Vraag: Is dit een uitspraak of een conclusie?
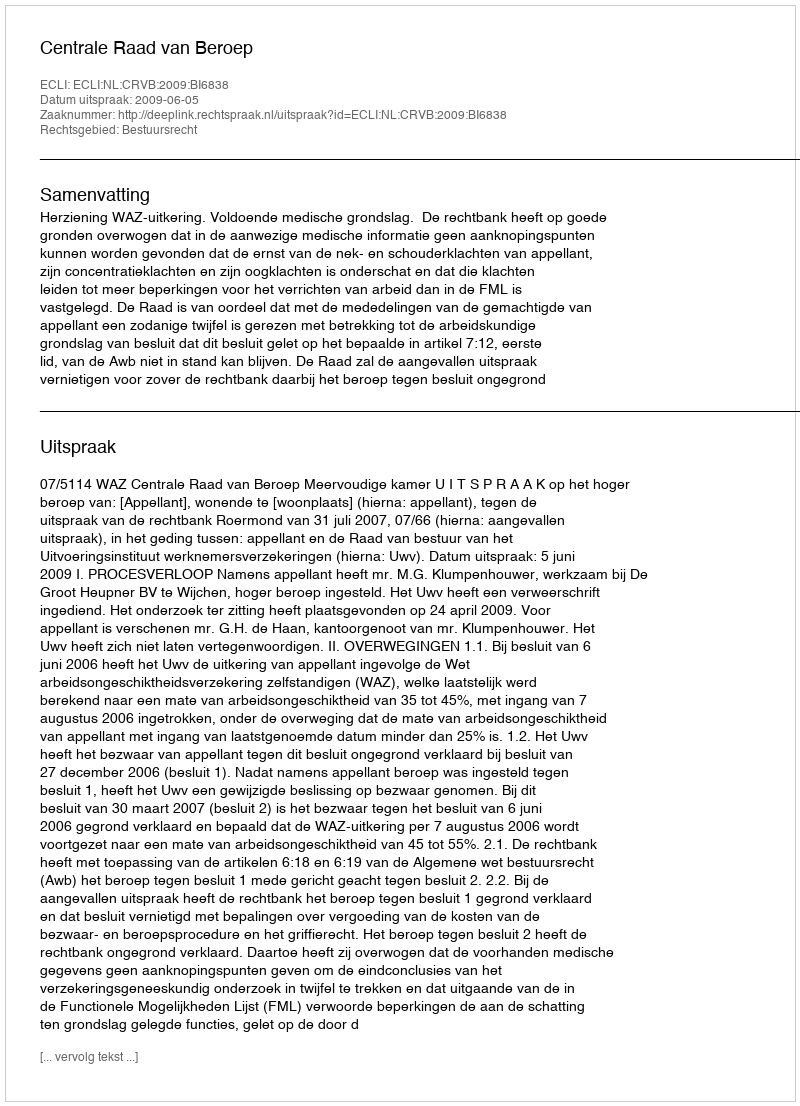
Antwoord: Uitspraak